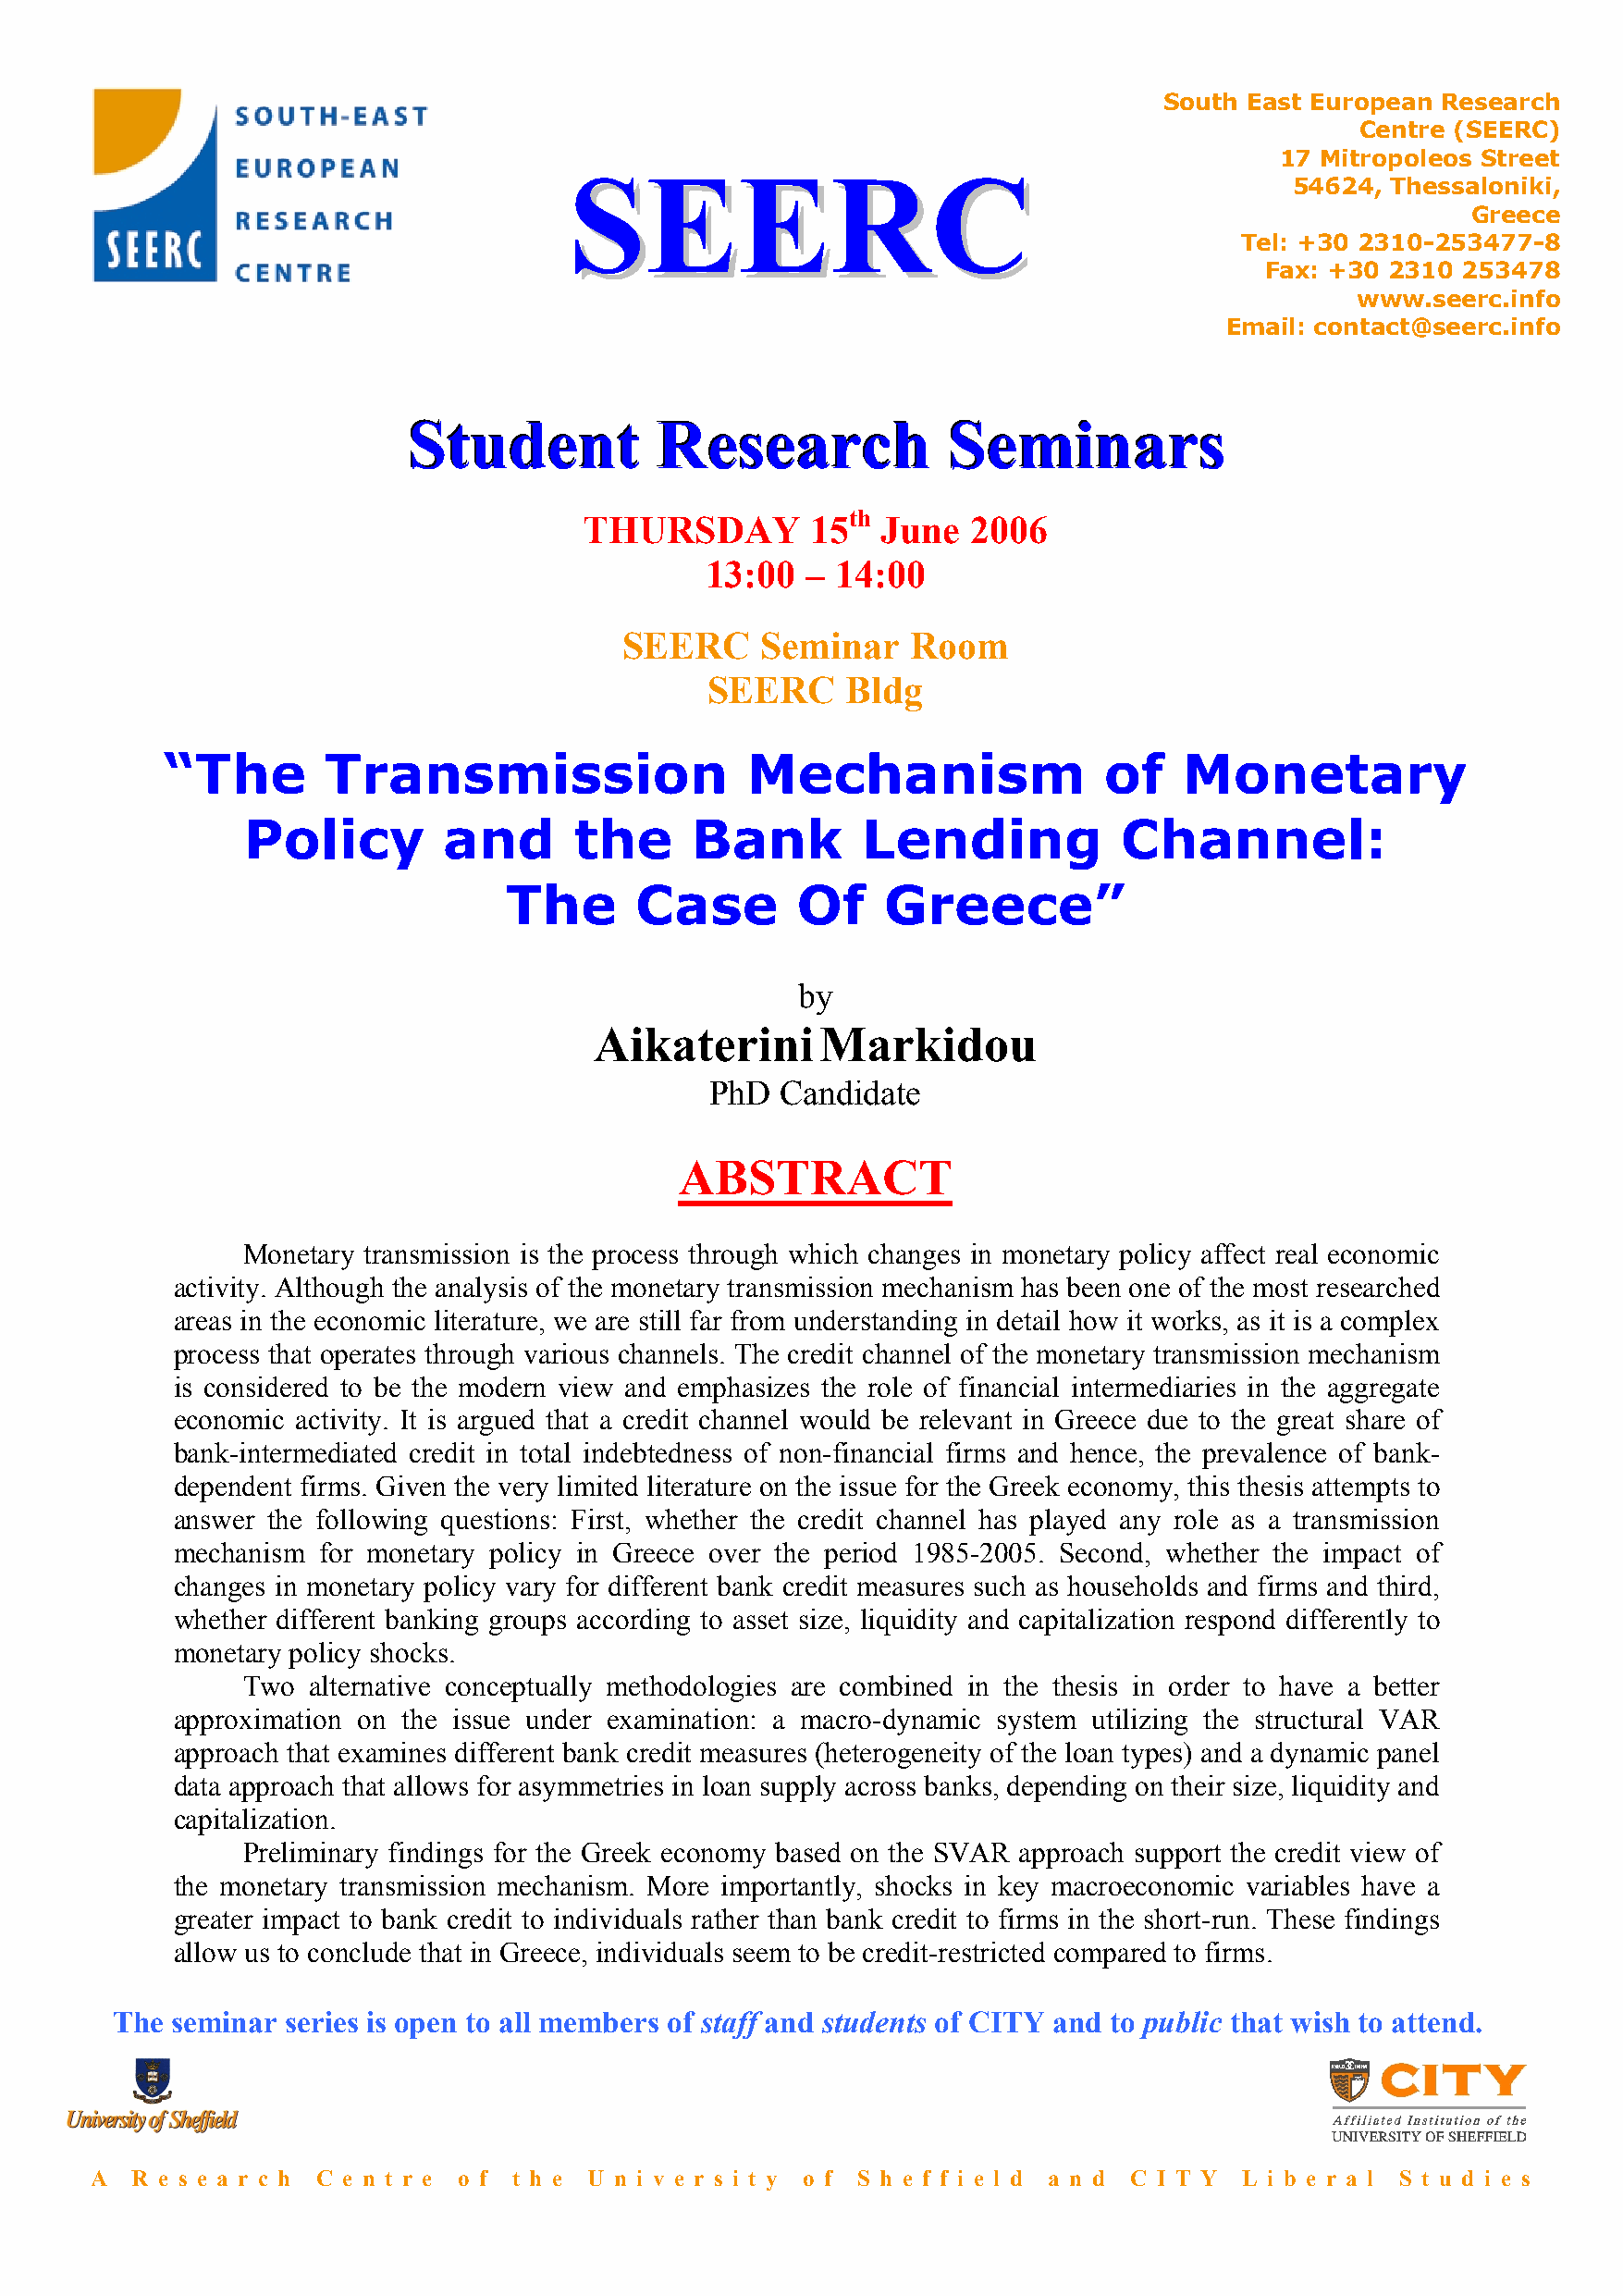
South East European Research
 Centre (SEERC)
 17 Mitropoleos Street
 SEERC
 SEERC
 54624,  Thessaloniki,
 Greece
 Tel: +30 2310-253477-8
 Fax: +30 2310 253478
 www.seerc.info
 Email: contact@seerc.info
 SSStttuuudddeeennnttt RRReeessseeeaaarrrccchhh SSSeeemmmiiinnnaaarrrsss
 th
 THURSDAY        15   June  2006
 13:00   – 14:00
 SEERC    Seminar    Room
 SEERC     Bldg
 “The       Transmission                  Mechanism                 of    Monetary
 Policy         and      the     Bank         Lending           Channel:
 The      Case        Of    Greece”
 by
 AikateriniMarkidou
 PhD  Candidate
 ABSTRACT
 Monetary transmission is the process through which changes in monetary policy affect real economic
 activity. Although the analysis of the monetary transmission mechanism has been one of the most researched
 areas in the economic literature, we are still far from understanding in detail how it works, as it is a complex
 process that operates through various channels. The credit channel of the monetary transmission mechanism
 is considered to be the modern view and emphasizes the role of financial intermediaries in the aggregate
 economic activity. It is argued that a credit channel would be relevant in Greece due to the great share of
 bank-intermediated credit in total indebtedness of non-financial firms and hence, the prevalence of bank-
 dependent firms. Given the very limited literature on the issue for the Greek economy, this thesis attempts to
 answer the following questions: First, whether the credit channel has played any role as a transmission
 mechanism  for monetary policy in Greece over the period 1985-2005. Second, whether the impact of
 changes in monetary policy vary for different bank credit measures such as households and firms and third,
 whether different banking groups according to asset size, liquidity and capitalization respond differently to
 monetary policy shocks.
 Two  alternative conceptually methodologies are combined in the thesis in order to have a better
 approximation on the issue under examination: a macro-dynamic system utilizing the structural VAR
 approach that examines different bank credit measures (heterogeneity of the loan types) and a dynamic panel
 data approach that allows for asymmetries in loan supply across banks, depending on their size, liquidity and
 capitalization.
 Preliminary findings for the Greek economy based on the SVAR approach support the credit view of
 the monetary transmission mechanism. More importantly, shocks in key macroeconomic variables have a
 greater impact to bank credit to individuals rather than bank credit to firms in the short-run. These findings
 allow us to conclude that in Greece, individuals seem to be credit-restricted compared to firms.
 The seminar series is open to all members of staff and students of CITY and to public that wish to attend.
 A  R e s e a r c h C e n t r e o f t h e U n i v e r s i t y o f S h e f f i e l d a n d C I T Y L i b e r a l S t u d i e s